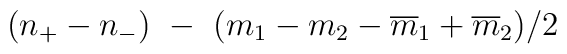
(n_+ - n_-) \ - \ (m_1 - m_2 - {\overline{m}_1} + {\overline{m}_2}) / 2